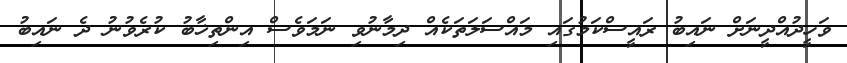
ވަހީދުއްދީނަށް ނައިބު ރައީސްކަމުގައި މައްސަލަތަކެއް ދިމާނުވި ނަމަވެސް އިންތިޚާބު ކުރެވުނު ދެ ނައިބު